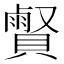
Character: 𧷧